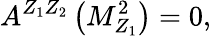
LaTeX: A^{Z_{1}Z_{2}}\left(M_{Z_{1}}^{2}\right)=0,